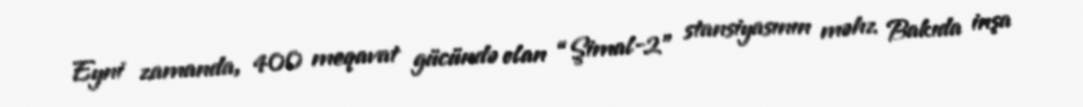
Eyni zamanda, 400 meqavat gücündə olan “Şimal-2” stansiyasının məhz Bakıda inşa